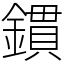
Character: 鏆